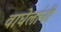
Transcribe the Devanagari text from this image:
वाघेलांनी